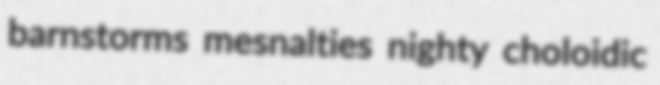
barnstorms mesnalties nighty choloidic